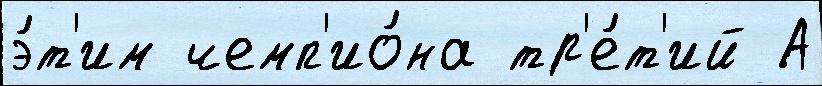
э́т'им чемп'ио́на тр'е́т'ий А